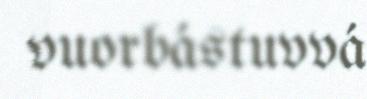
vuorbástuvvá